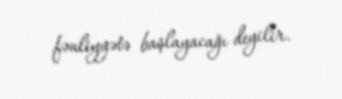
fəaliyyətə başlayacağı deyilir.